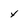
Character: y